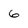
Character: 6